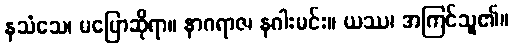
နသံသေ၊ မပြောဆိုရာ။ နာဂရာဇ၊ နဂါးမင်း။ ယဿ၊ အကြင်သူ၏။